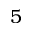
5